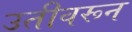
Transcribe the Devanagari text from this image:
उतीवरून